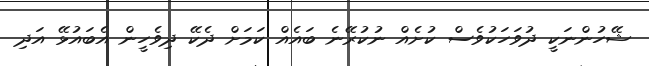
ޝޭހުންނަކީ ދުވަހަކުވެސް ކުށެއް ނުކުރޭނެ ބައެއް ކަމަށް ދެކޭ ދިވެހީން އެބައުޅޭ އަދި